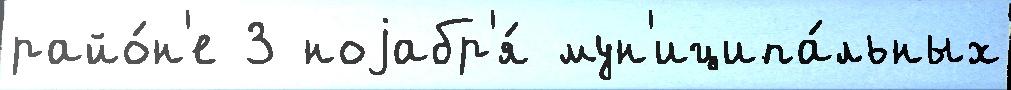
райо́н'е 3 ноjабр'я́ мун'иципа́льных